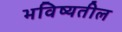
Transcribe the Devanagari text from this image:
भविष्यतील